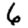
Digit: 6